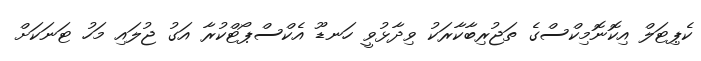
ކެޕިޓަލް އިކޮނޮމިކްސްގެ ތަޖުރިބާކާރަކު ވިދާޅުވީ ހަނޑޫ އެކްސްޕޯޓްކުރާ އަގު ޖުލައި މަހު ޓަނަކަށް